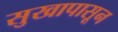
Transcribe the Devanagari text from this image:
सुखापासून